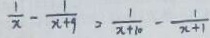
\frac { 1 } { x } - \frac { 1 } { x + 9 } = \frac { 1 } { x + 1 0 } - \frac { 1 } { x + 1 }